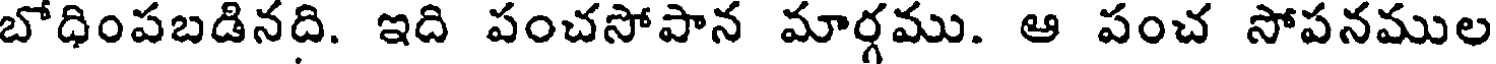
బోధింపబడినది. ఇది పంచసోపాన మార్గము. ఆ పంచ సోపనముల